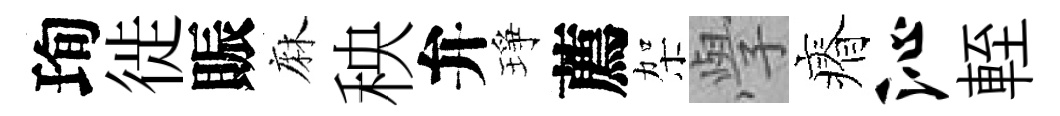
珣徙賑麻秧弁琤薦架𭓕瘠沁輊